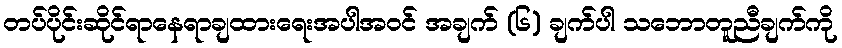
တပ်ပိုင်းဆိုင်ရာနေရာချထားရေးအပါအဝင် အချက် (၆) ချက်ပါ သဘောတူညီချက်ကို